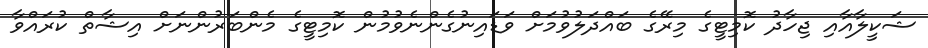
ޝަކީލާއާއި ޖިހާދު ކޮމިޓީގެ މިރޭގެ ބައްދަލުވުމަށް ވަޑައިނުގެންނެވުމުން ކޮމިޓީގެ މެންބަރުންނަށް އިޝާތް ކުރައްވާ